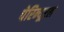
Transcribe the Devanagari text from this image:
पेरिन्यूरल